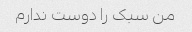
من سبک را دوست ندارم